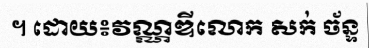
។ ដោយ៖វណ្ណឌីលោក សក់ ច័ន្ទ